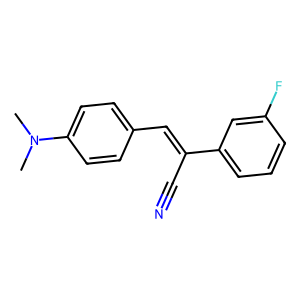
SMILES: CN(C)c1ccc(C=C(C#N)c2cccc(F)c2)cc1
Inhibits HIV replication: No